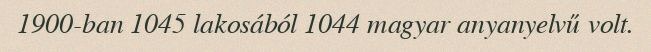
1900-ban 1045 lakosából 1044 magyar anyanyelvű volt.